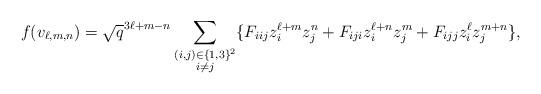
LaTeX: \begin{align*}f(v_{\ell,m,n})=\sqrt{q}^{3\ell+m-n}&\sum_{\substack{(i,j)\in\{1,3\}^2\\ i\neq j}}\{F_{iij}z_i^{\ell+m}z_j^n+F_{iji}z_i^{\ell+n}z_j^m+F_{ijj}z_i^\ell z_j^{m+n}\},\\\end{align*}